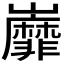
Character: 𡿐